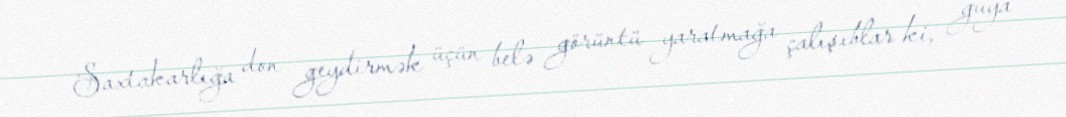
Saxtakarlığa don geydirmək üçün belə görüntü yaratmağa çalışıblar ki, guya